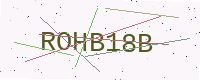
Text: ROHB18B